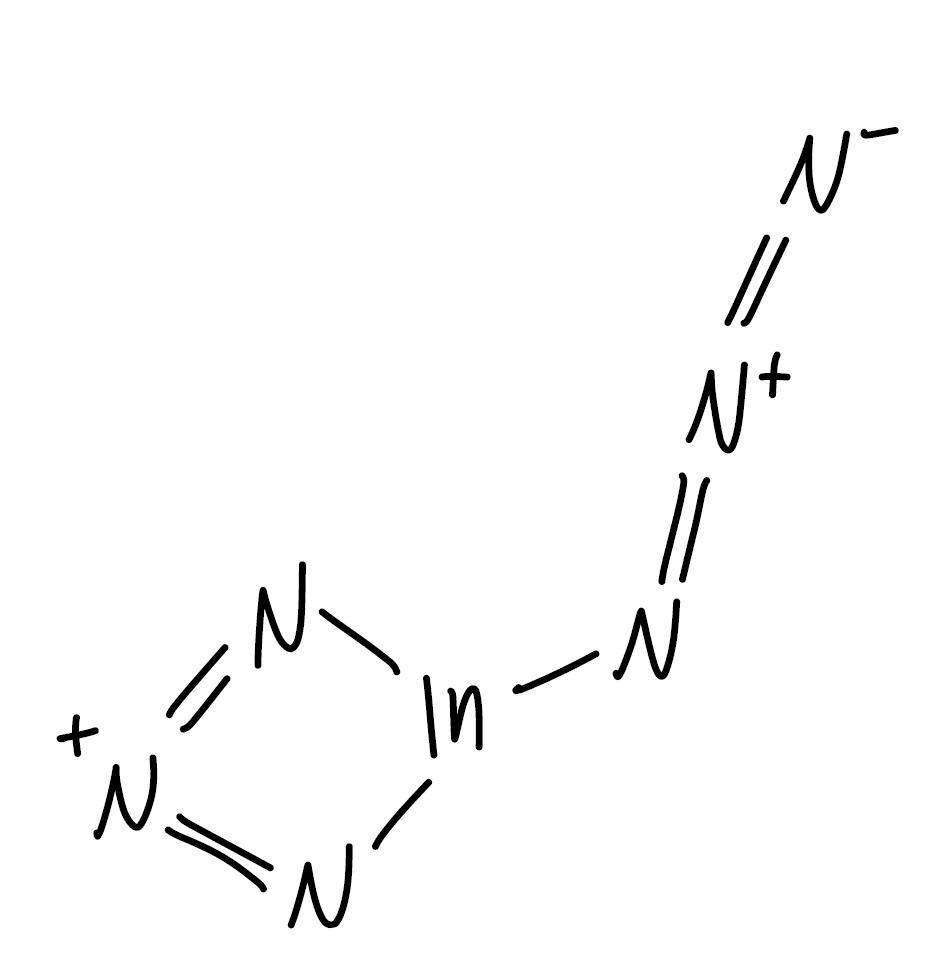
Simplified molecular-input line-entry system (SMILES) notation of the given molecule:
[N-]=[N+]=N[In]1N=[N+]=N1